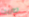
صريحا